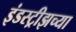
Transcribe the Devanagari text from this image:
इंडस्ट्रीझच्या